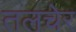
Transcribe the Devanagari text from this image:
तलचेर